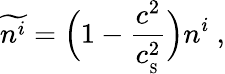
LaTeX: \widetilde{n^{i}}=\Big(1-{\frac{c^{2}}{c_{_\mathrm{S}}^{2}}}\Big)n^{i}\ ,